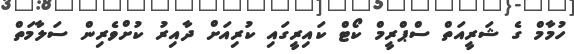
ހުމާމް ގެ ޝަރީއަތް ސްޕްރީމް ކޯޓް ކައިރީގައި ކުރިއަށް ދާއިރު ކުށްވެރިން ސަލާމަތް